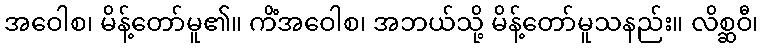
အဝေါစ၊ မိန့်တော်မူ၏။ ကိံအဝေါစ၊ အဘယ်သို့ မိန့်တော်မူသနည်း။ လိစ္ဆဝီ၊